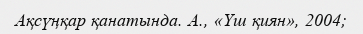
Ақсүңқар қанатында. А., «Үш қиян», 2004;